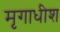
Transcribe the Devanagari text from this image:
मृगाधीश